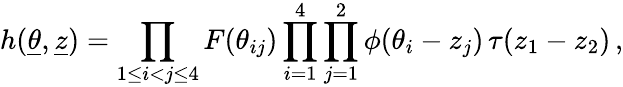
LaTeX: h(\underline{{{\theta}}},{\underline{{{z}}}})=\prod_{1\le i<j\le 4}F(\theta_{ij})\prod_{i=1}^{4}\prod_{j=1}^{2}\phi(\theta_{i}-z_{j})\, \tau(z_{1}-z_{2})\, ,